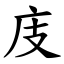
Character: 庋